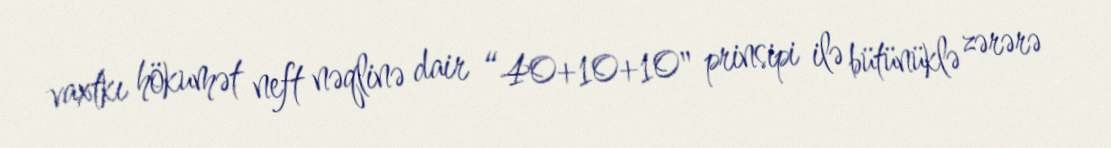
vaxtkı hökumət neft nəqlinə dair “40+10+10" prinsipi ilə bütünüklə zərərə